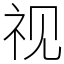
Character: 视